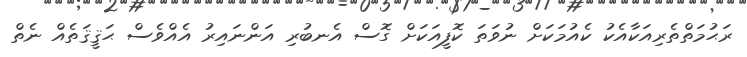
ރަޙުމަތްތެރިއަކާއެކު ކެއުމަކަށް ނުވަތަ ކޮފީއަކަށް ގޮސް އެނބުރި އަންނައިރު އެއްވެސް ޙަޤީޤަތެއް ނެތް